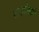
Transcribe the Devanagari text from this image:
राडोस्की